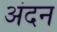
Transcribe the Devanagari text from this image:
अंदन